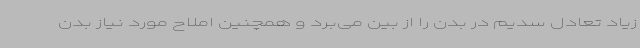
زیاد تعادل سدیم در بدن را از بین می‌برد و همچنین املاح مورد نیاز بدن